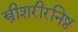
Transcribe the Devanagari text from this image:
स्त्रीशरीरनिष्ठ